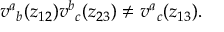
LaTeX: v ^ { a } { } _ { b } ( z _ { 1 2 } ) v ^ { b } { } _ { c } ( z _ { 2 3 } ) \neq v ^ { a } { } _ { c } ( z _ { 1 3 } ) .